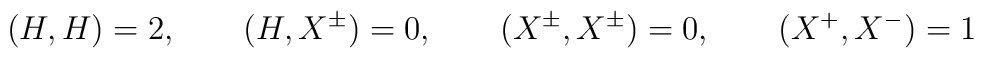
(H,H)=2,\qquad (H,X^\pm)=0,\qquad (X^\pm,X^\pm)=0,\qquad (X^+,X^-)=1